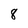
Character: 8